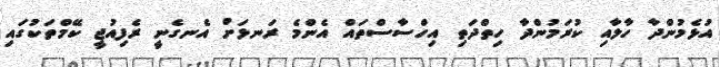
އުޅެމުންދާ ހާލާއި ކުރަމުންދާ ހިތްދަތި އިހްސާސްތައް އެންމެ ރަނޅަށް އެނގެނީ ރެފިއުޖީ ކޭމްތަކުގައި